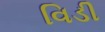
વિડી